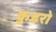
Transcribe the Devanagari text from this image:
कुडरो